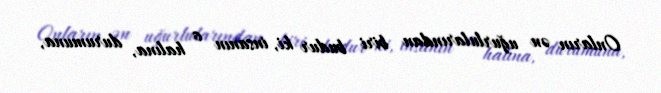
Onların ən uğurlularından biri budur ki, insanın o halına, durumuna,